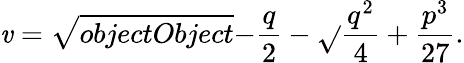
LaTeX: \mathit{v}={\sqrt{{{objectObject}}}{{-{\frac{{q}}{{2}}}-{\sqrt{}{{{\frac{{q^{2}}}{{4}}}+{\frac{{p^{3}}}{{27}}}}}}}}}.